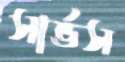
সার্ভস